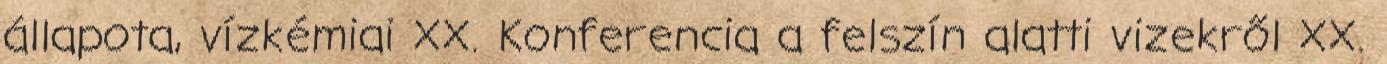
állapota, vízkémiai XX. Konferencia a felszín alatti vizekről XX.